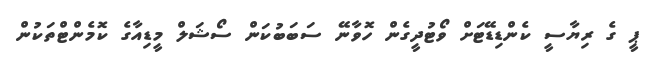
ޕީ ގެ ރިޔާސީ ކެންޑިޑޭޓަށް ވޯޓުދީގެން ހޮވާނޭ ސަބަބުކަން ސޯޝަލް މީޑިއާގެ ކޮމެންޓްތަކުން